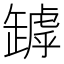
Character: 𦉑